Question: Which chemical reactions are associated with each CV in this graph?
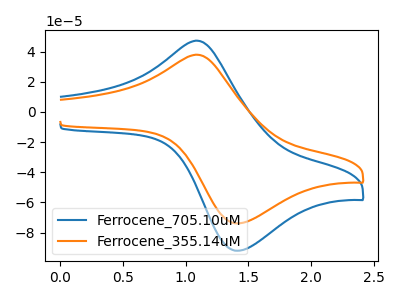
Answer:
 <answer>The blue curve is labeled "Ferrocene_705.10uM". The orange curve is labeled "Ferrocene_355.14uM".</answer>
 <eval></eval>